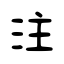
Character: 注